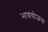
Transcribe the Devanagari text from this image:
भावयोजना